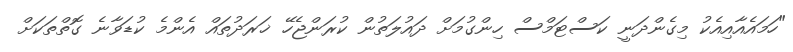
"ހަމައެއާއިއެކު މިގެންދަނީ ކަސްޓަމްސް ހިންގުމަށް ދައުލަތުން ކުރަންޖެހޭ ޚަރަދުތައް އެންމެ ކުޑަވާނެ ގޮތްތަކަށް